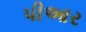
પીઆર